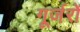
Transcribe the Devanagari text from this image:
गूर्जरों